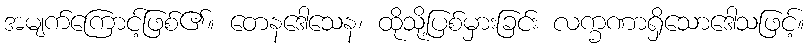
အမျက်ကြောင့်ဖြစ်၏။ တေနဒေါသေန၊ ထိုသို့ပြစ်မှားခြင်း လက္ခဏာရှိသောဒေါသဖြင့်။